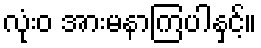
လုံးဝ အားမနာကြပါနှင့်။